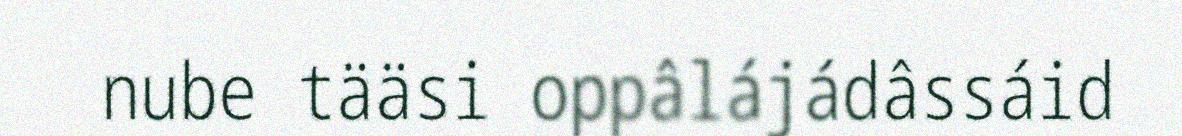
nube tääsi oppâlájádâssáid